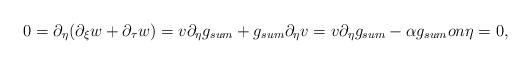
LaTeX: \begin{align*} 0=\partial_{\eta } (\partial_\xi w+\partial_\tau w)=v\partial_{\eta } g_{sum}+g_{sum}\partial_{\eta }v =v\partial_{\eta } g_{sum}-\alpha g_{sum} on \eta=0, \end{align*}